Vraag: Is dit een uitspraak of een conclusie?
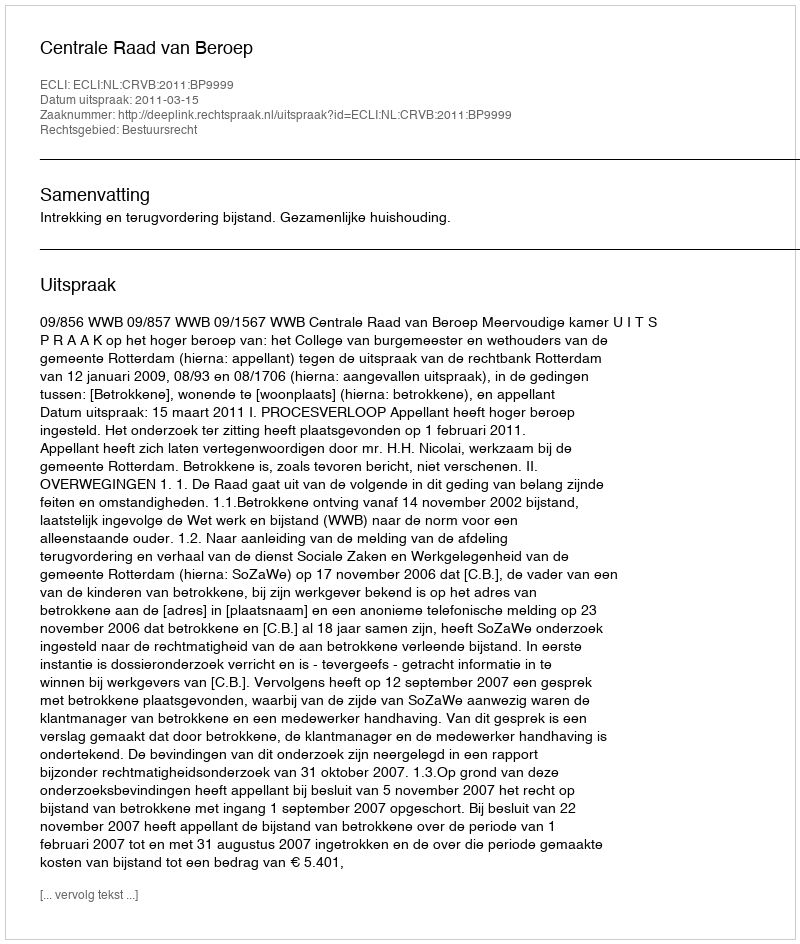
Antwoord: Uitspraak